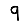
Digit: 9